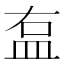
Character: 𥁓